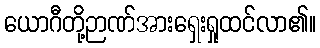
ယောဂီတို့ဉာဏ်အားရှေးရှုထင်လာ၏။